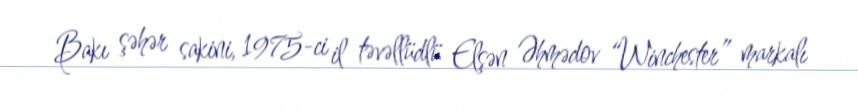
Bakı şəhər sakini, 1975-ci il təvəllüdlü Elşən Əhmədov “Winchester” markalı